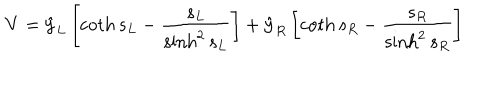
LaTeX: { \bf V } = { \hat { \bf y } } _ { L } \left[ \coth s _ { L } - { \frac { s _ { L } } { \sinh ^ { 2 } s _ { L } } } \right] + { \hat { \bf y } } _ { R } \left[ \coth s _ { R } - { \frac { s _ { R } } { \sinh ^ { 2 } s _ { R } } } \right]